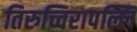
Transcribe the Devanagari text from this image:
तिरुच्चिरापल्लि